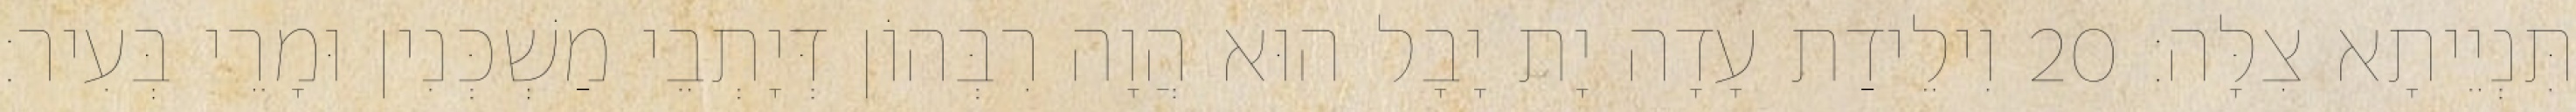
תִּנְיֵיתָא צִלָּה׃ 20 וִילֵידַת עָדָה יָת יָבָל הוּא הֲוָה רִבְּהוֹן דְּיָתְבֵי מַשְׁכְּנִין וּמָרֵי בְּעִיר׃